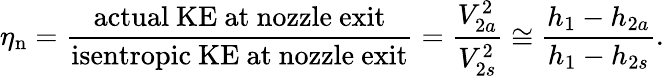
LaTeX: \eta_{\mathrm{n}}={\frac{\mathrm{actual~KE~at~nozzle~exit}}{\mathrm{isentropic~KE~at~nozzle~exit}}}={\frac{V_{2a}^{2}}{V_{2s}^{2}}}\cong{\frac{h_{1}-h_{2a}}{h_{1}-h_{2s}}}.